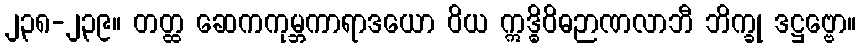
၂၃၈-၂၃၉။ တတ္ထ ဆေကကုမ္ဘကာရာဒယော ဝိယ ဣဒ္ဓိဝိဓဉာဏလာဘီ ဘိက္ခု ဒဋ္ဌဗ္ဗော။